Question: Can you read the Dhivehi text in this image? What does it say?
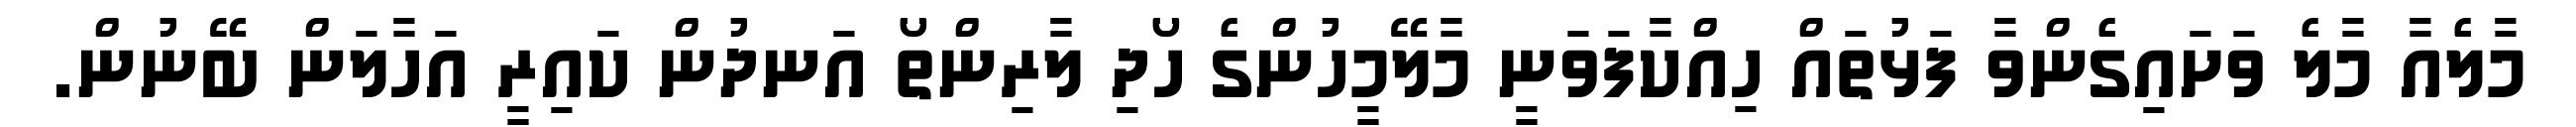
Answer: މާލެއާ މާލެ ވަށައިގެންވާ ފަޅުތައް ހިއްކާފަވަނީ މާލޭމީހުންގެ ހޯދި ލާރިންތޯ އަނދުން ކައިރީ އަހާލަން ބޭނުން.